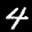
Label: 4